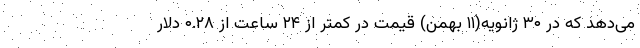
می‌دهد که در ۳۰ ژانویه(۱۱ بهمن) قیمت در کمتر از ۲۴ ساعت از ۰.۲۸ دلار